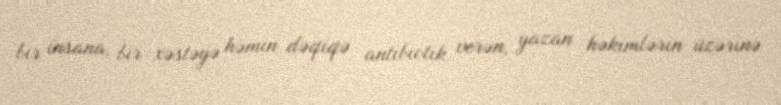
bir insana, bir xəstəyə həmin dəqiqə antibiotik verən, yazan həkimlərin üzərinə